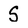
Character: S